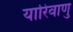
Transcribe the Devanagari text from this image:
यारिवाणु